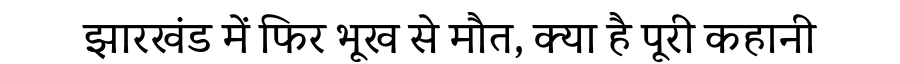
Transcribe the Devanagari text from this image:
झारखंड में फिर भूख से मौत, क्या है पूरी कहानी